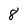
Character: 8